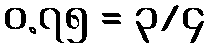
၀.၇၅ = ၃/၄